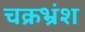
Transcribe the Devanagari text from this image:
चक्रभ्रंश